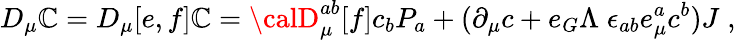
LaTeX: D_{\mu}\mathbb{C}=D_{\mu}[e,f]\mathbb{C}={\calD}_{\mu}^{ab}[f]c_{b}P_{a}+(\partial_{\mu}c+e_{G}\Lambda\; \epsilon_{ab}e_{\mu}^{a}c^{b})J\; ,